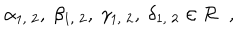
\alpha _ { 1 , \; 2 } , \; \beta _ { 1 , \; 2 } , \; \gamma _ { 1 , \; 2 } , \; \delta _ { 1 , \; 2 } \in { \cal R } \; \; ,